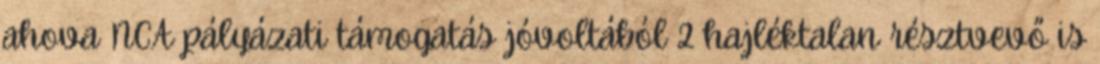
ahova NCA pályázati támogatás jóvoltából 2 hajléktalan résztvevő is